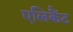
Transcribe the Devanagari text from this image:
एलिकैंट